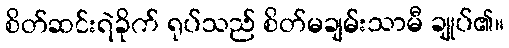
စိတ်ဆင်းရဲခိုက် ရုပ်သည် စိတ်မချမ်းသာမီ ချုပ်၏။